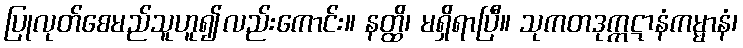
ပြုလုတ်စေမည်သူဟူ၍လည်းကောင်း။ နတ္ထိ၊ မရှိရာပြီ။ သုကတဒုက္ကဋာနံကမ္မာနံ၊